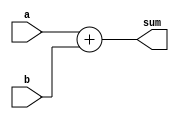
module adder(input [23:0] a, input [23:0] b, output reg [23:0] sum);
    always @(*) begin
        sum <= a + b;
    end
endmodule